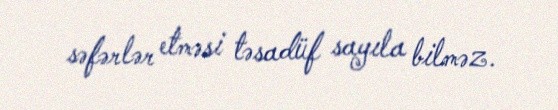
səfərlər etməsi təsadüf sayıla bilməz.